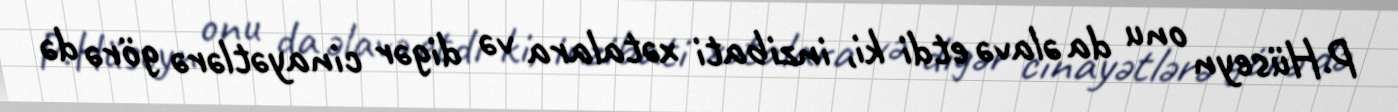
P.Hüseyn onu da əlavə etdi ki, inzibati xətalara və digər cinayətlərə görə də